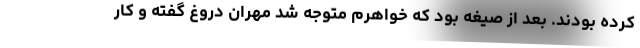
کرده بودند. بعد از صیغه بود که خواهرم متوجه شد مهران دروغ گفته و کار